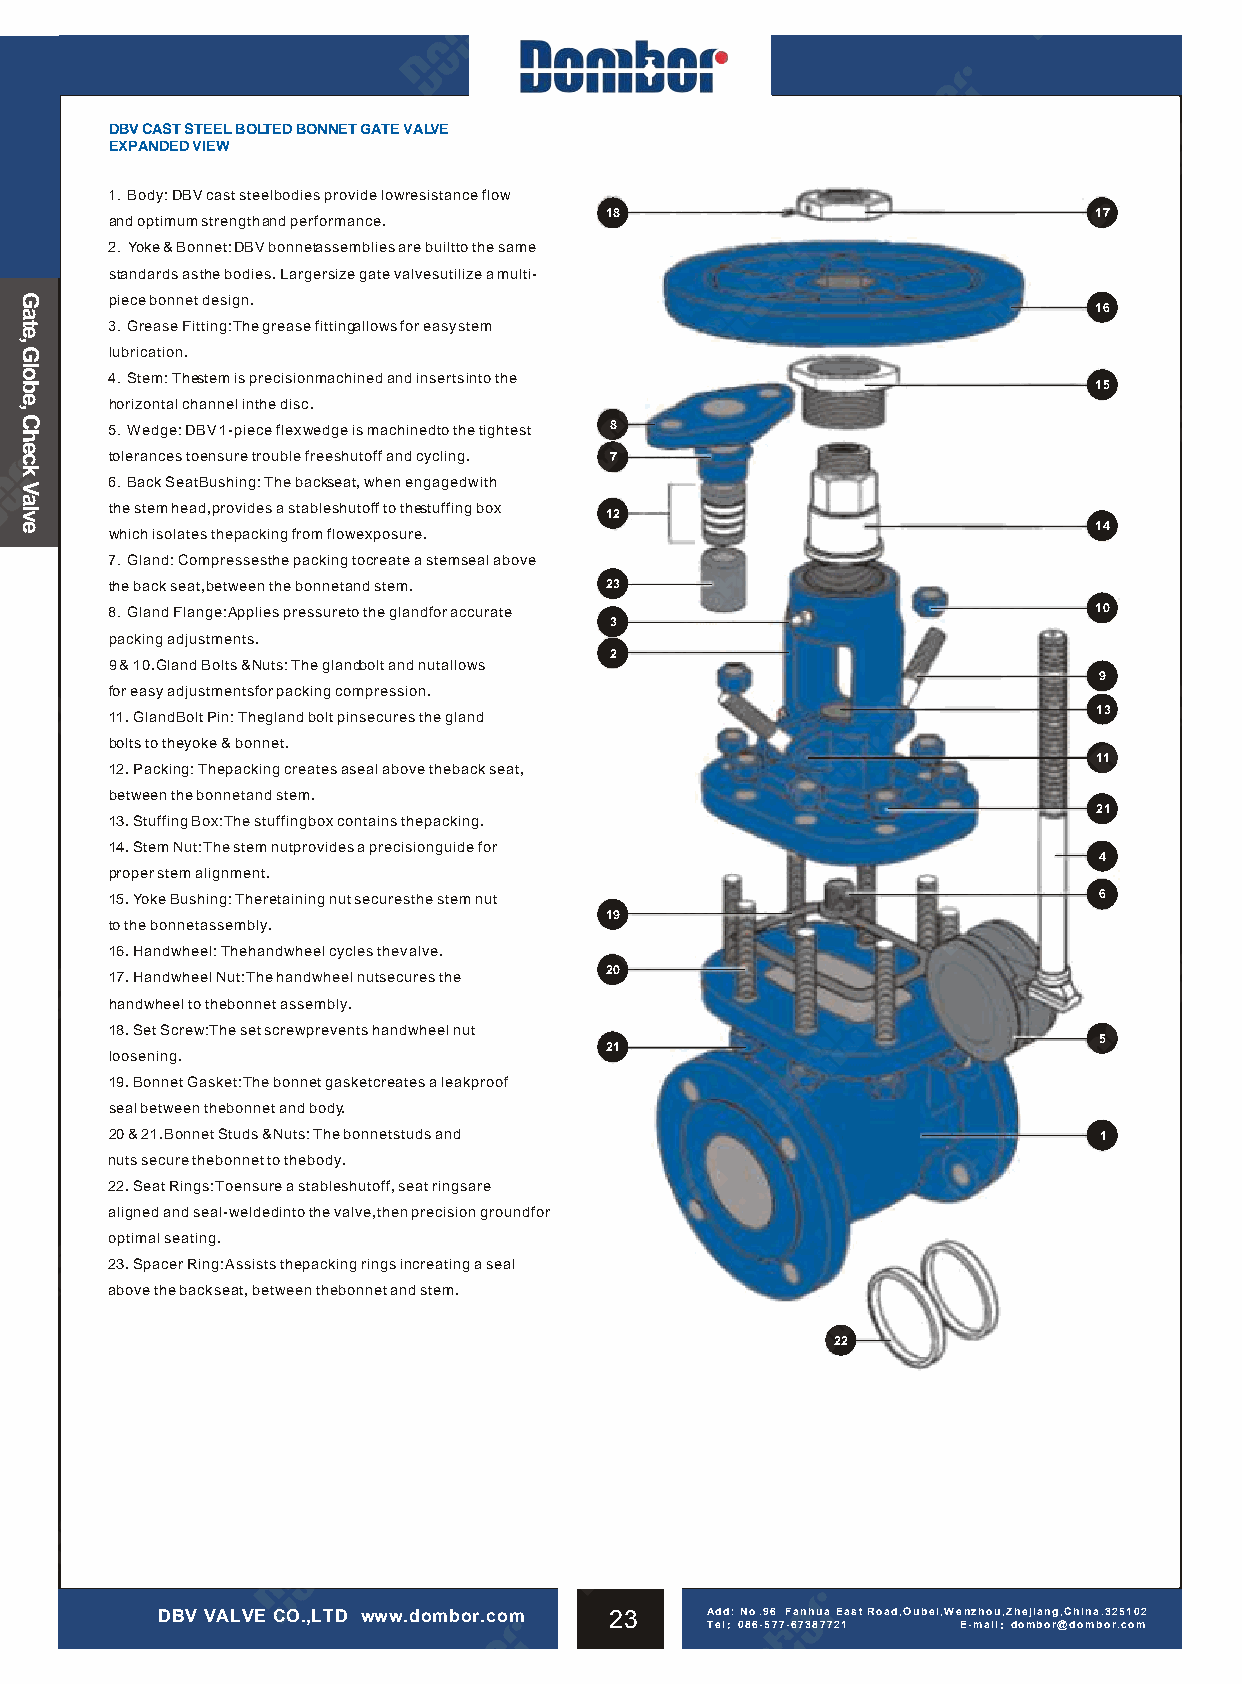
DBV CAST STEEL BOLTED BONNET GATE VALVE
 EXPANDED VIEW
 1. Body: DBV cast steel bodies provide low resistance flow
 18                              17
 and optimum strength and performance.
 2. Yoke & Bonnet: DBV bonneta ssemblies are built to the same
 standards as the bodies. Larger size gate valves utilize a multi-
 piece bonnet design.
 16
 3. Grease Fitting: The grease fittinga llows for easy stem
 lubrication.
 4. Stem: Thes tem is precision machined and inserts into the
 15
 horizontal channel in the disc.
 5. Wedge: DBV 1-piece flex wedge is machined to the tightest 8
 tolerances to ensure trouble free shutoff and cycling. 7
 6. Back Seat Bushing: The backs eat, when engaged with
 the stem head, provides a stable shutoff to thes tuffing box
 12
 14
 which isolates the packing from flow exposure.
 7. Gland: Compresses the packing to create a stem seal above
 the back seat, between the bonnet and stem. 23
 8. Gland Flange: Applies pressure to the gland for accurate      10
 3
 packing adjustments.
 2
 9 & 10. Gland Bolts & Nuts: The glandb olt and nut allows
 9
 for easy adjustments for packing compression.
 13
 11. Gland Bolt Pin: The gland bolt pin secures the gland
 bolts to the yoke & bonnet.
 11
 12. Packing: The packing creates a seal above the back seat,
 between the bonnet and stem.
 21
 13. Stuffing Box: The stuffing box contains the packing.
 14. Stem Nut: The stem nut provides a precision guide for
 4
 proper stem alignment.
 15. Yoke Bushing: The retaining nut secures the stem nut          6
 19
 to the bonnet assembly.
 16. Handwheel: The handwheel cycles the valve.
 20
 17. Handwheel Nut: The handwheel nut secures the
 handwheel to the bonnet assembly.
 18. Set Screw: The set screw prevents handwheel nut
 5
 21
 loosening.
 19. Bonnet Gasket: The bonnet gasket creates a leakproof
 seal between the bonnet and body.
 20 & 21. Bonnet Studs & Nuts: The bonnet studs and                1
 nuts secure the bonnet to the body.
 22. Seat Rings: To ensure a stable shutoff, seat rings are
 aligned and seal-welded into the valve, then precision ground for
 optimal seating.
 23. Spacer Ring: Assists the packing rings in creating a seal
 above the back seat, between the bonnet and stem.
 22
 DBV VALVE CO.,LTD www.dombor.com 23  Add: No .96 Fanhua East Road,Oubei,We nzhou,Zhejiang,China.325102
 Tel：086-577-67387721 E-mail：dombor@dombor.com
 Gate,
 Globe,
 Check
 Valve